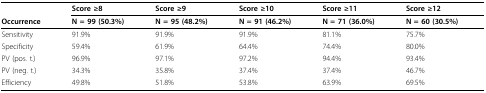
<table><thead><tr><td></td><td><b>Score ≥8</b></td><td><b>Score ≥9</b></td><td><b>Score ≥10</b></td><td><b>Score ≥11</b></td><td><b>Score ≥12</b></td></tr><tr><td><b>Occurrence</b></td><td><b>N = 99 (50.3%)</b></td><td><b>N = 95 (48.2%)</b></td><td><b>N = 91 (46.2%)</b></td><td><b>N = 71 (36.0%)</b></td><td><b>N = 60 (30.5%)</b></td></tr></thead><tbody><tr><td>Sensitivity</td><td>91.9%</td><td>91.9%</td><td>91.9%</td><td>81.1%</td><td>75.7%</td></tr><tr><td>Specificity</td><td>59.4%</td><td>61.9%</td><td>64.4%</td><td>74.4%</td><td>80.0%</td></tr><tr><td>PV (pos. t.)</td><td>96.9%</td><td>97.1%</td><td>97.2%</td><td>94.4%</td><td>93.4%</td></tr><tr><td>PV (neg. t.)</td><td>34.3%</td><td>35.8%</td><td>37.4%</td><td>37.4%</td><td>46.7%</td></tr><tr><td>Efficiency</td><td>49.8%</td><td>51.8%</td><td>53.8%</td><td>63.9%</td><td>69.5%</td></tr></tbody></table>